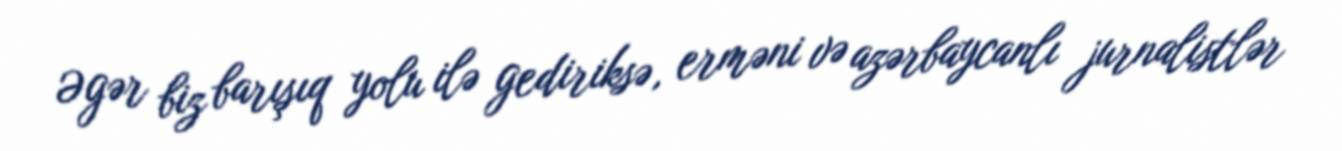
Əgər biz barışıq yolu ilə gediriksə, erməni və azərbaycanlı jurnalistlər